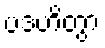
ပဒဟိတွာ